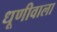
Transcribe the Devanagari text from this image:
धूणीवाला